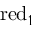
\operatorname { r e d } _ { 1 }